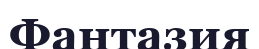
Фантазия